Civil Veterinary Dept. Assam report 1927-50 - 1927-1950
Year: 1927
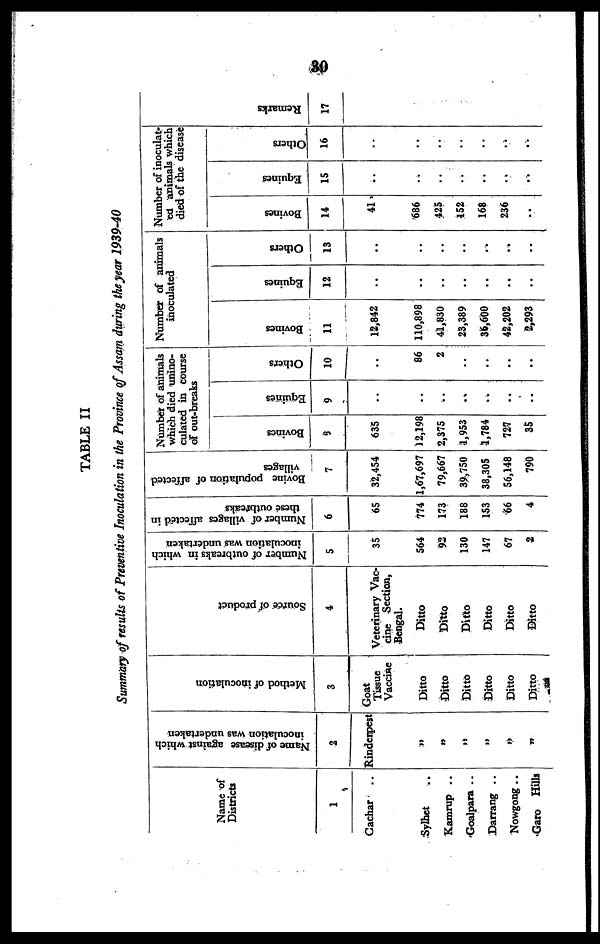
80
TABLE II
Summary of results of Preventive Inoculation in the Province of Assam during the year 1939-40
Name of
Districts
1
Cachar ..
Sylhet ..
Kamrup ..
Goalpara ..
Darrang ..
Nowgong ..
Garo Hills
Name of disease against which
inoculation was undertaken
2
Rinderpest
„
„
„
„
„
„
Method of inoculation
3
Goat
Tissue
Vaccine
Ditto
Ditto
Ditto
Ditto
Ditto
Ditto
Source of product
4
Veterinary Vac-
cine Section,
Bengal.
Ditto
Ditto
Ditto
Ditto
Ditto
Ditto
Number of outbreaks in which
inoculation was undertaken
5
35
564
92
130
147
67
2
Number of villages affected in
these outbreaks
6
65
774
173
188
153
66
4
Bovine population of affected
villages
7
32,454
1,67,697
79,667
39,750
38,305
56,148
790
Number of animals
which died unino-
culated in course
of out-breaks
Bovines
8
635
12,198
2,375
1,953
1,784
727
35
Equines
9
..
..
..
..
..
..
..
Others
10
..
86
2
..
..
..
..
Number of animals
inoculated
Bovines
11
12,842
110,898
41,830
23,389
36,600
42,202
2,293
Equines
12
..
..
..
..
..
..
..
Others
13
..
..
..
..
..
..
..
Number of inoculat-
ed animals which
died of the disease
Bovines
14
41
686
425
152
168
236
..
Equines
15
..
..
..
..
..
..
..
Others
16
..
..
..
..
..
..
..
Re ma r
ks
17
..